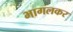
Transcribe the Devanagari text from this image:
भागलकर